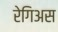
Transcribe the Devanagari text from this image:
रेगिअस